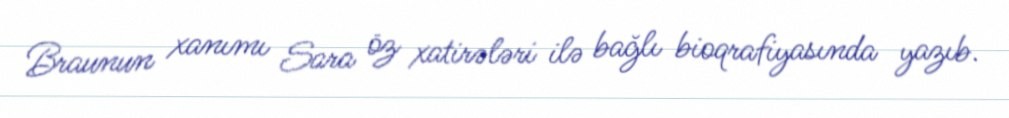
Braunun xanımı Sara öz xatirələri ilə bağlı bioqrafiyasında yazıb.